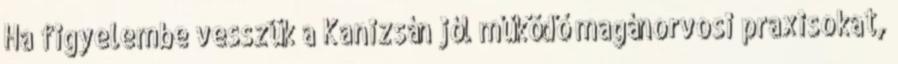
Ha figyelembe vesszük a Kanizsán jól működő magánorvosi praxisokat,